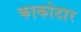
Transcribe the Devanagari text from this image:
काकोदार